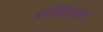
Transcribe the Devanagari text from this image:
शर्विलक